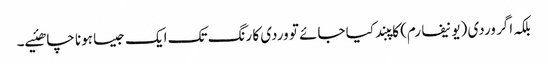
بلکہ اگر وردی (یونیفارم) کاپبند کیا جائے تو وردی کا رنگ تک ایک جیسا ہونا چاھئیے۔